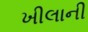
ખીલાની